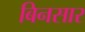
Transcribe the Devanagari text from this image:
बिनसार